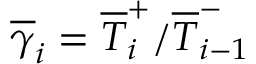
\overline { \gamma } _ { i } = \overline { T } _ { i } ^ { + } / \overline { T } _ { i - 1 } ^ { - }